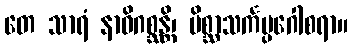
တေ သာရံ နာဓိဂစ္ဆန္တိ၊ မိစ္ဆာသင်္ကပ္ပဂေါစရာ။